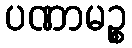
ပဏာမဉ္စ